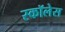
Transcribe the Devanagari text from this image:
स्कॉलेस